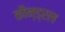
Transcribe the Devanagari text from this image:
कौन्ड्रल